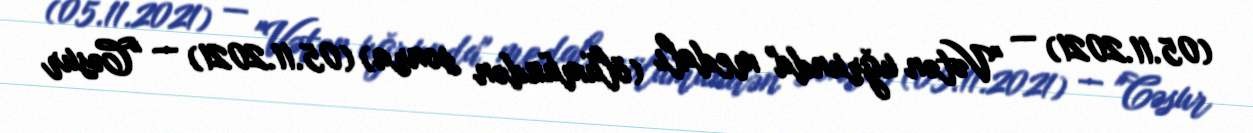
(05.11.2021) — "Vətən uğrunda" medalı (ölümündən sonra) (05.11.2021) — "Cəsur